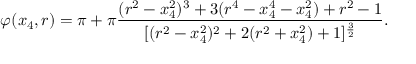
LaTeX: \varphi ( x _ { 4 } , r ) = \pi + \pi { \frac { ( r ^ { 2 } - x _ { 4 } ^ { 2 } ) ^ { 3 } + 3 ( r ^ { 4 } - x _ { 4 } ^ { 4 } - x _ { 4 } ^ { 2 } ) + r ^ { 2 } - 1 } { [ ( r ^ { 2 } - x _ { 4 } ^ { 2 } ) ^ { 2 } + 2 ( r ^ { 2 } + x _ { 4 } ^ { 2 } ) + 1 ] ^ { \frac { 3 } { 2 } } } } .